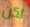
لكن